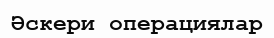
Әскери операциялар